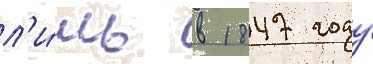
л'и́шь в 1847 году